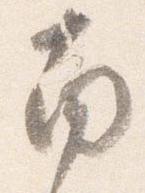
南